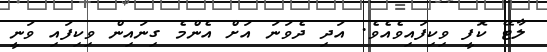
ލާޓޭ ކޮފީ ވިކިފައިވެއެވެ. އަދި ދެވަނަ އަށް އެންމެ ގިނައިން ވިކިފައި ވަނީ